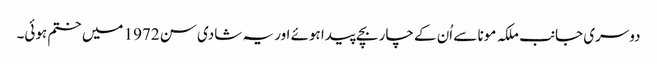
دوسری جانب ملکہ مونا سے اُن کے چار بچے پیدا ہوئے اور یہ شادی سن 1972 میں ختم ہوئی۔